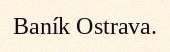
Baník Ostrava.